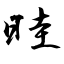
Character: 晆